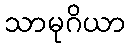
သာမုဂိယာ